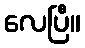
လေပြီ။